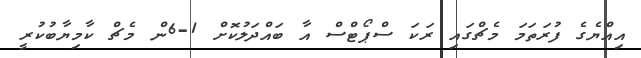
އިއްޔެގެ ފުރަތަމަ މެޗްގައި ރަކަ ސްޕޯޓްސް އާ ބައްދަލުކޮށް 1-6ން މެޗް ކާމިޔާބުކުރީ